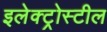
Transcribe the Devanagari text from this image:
इलेक्ट्रोस्टील